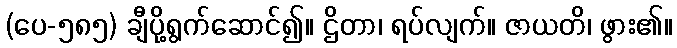
(ပေ-၅၈၅) ချီပို့ရွက်ဆောင်၍။ ဌိတာ၊ ရပ်လျက်။ ဇာယတိ၊ ဖွား၏။